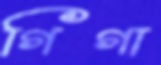
গিগা